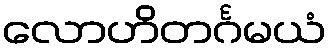
လောဟိတင်္ဂမယံ